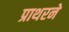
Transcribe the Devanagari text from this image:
प्राथरने